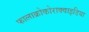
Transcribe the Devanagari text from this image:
फालाक्रोकोराक्वाइडिया